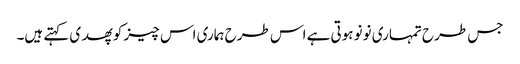
جس طرح تمہاری نونو ہوتی ہے اس طرح ہماری اس چیز کو پھدی کہتے ہیں۔